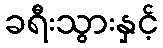
ခရီးသွားနှင့်